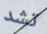
تشد